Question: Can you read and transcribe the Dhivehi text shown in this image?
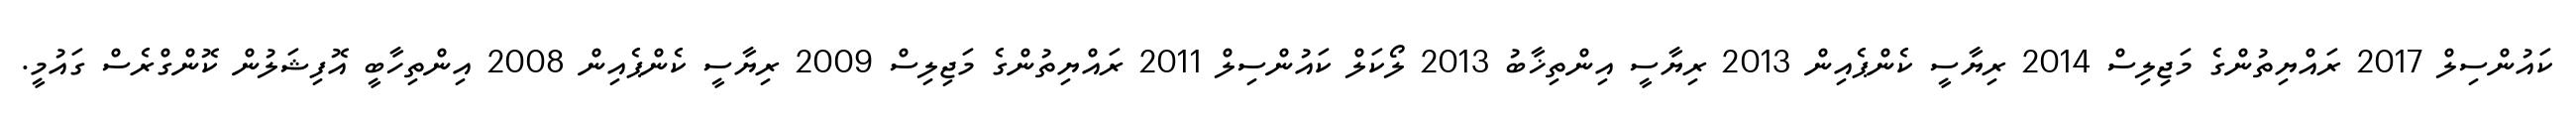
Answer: ކައުންސިލް 2017 ރައްޔިތުންގެ މަޖިލިސް 2014 ރިޔާސީ ކެންޕެއިން 2013 ރިޔާސީ އިންތިޚާބު 2013 ލޯކަލް ކައުންސިލް 2011 ރައްޔިތުންގެ މަޖިލިސް 2009 ރިޔާސީ ކެންޕެއިން 2008 އިންތިހާބީ އޮފިޝަލުން ކޮންގްރެސް ގައުމީ.